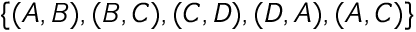
\{ ( A , B ) , ( B , C ) , ( C , D ) , ( D , A ) , ( A , C ) \}